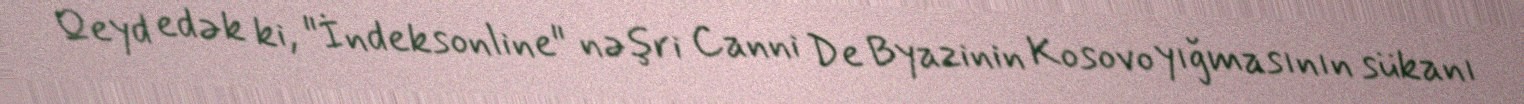
Qeyd edək ki, "İndeksonline" nəşri Canni De Byazinin Kosovo yığmasının sükanı